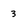
Character: 3